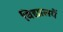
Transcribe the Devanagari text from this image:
विद्यालयैं